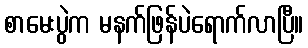
စာမေးပွဲက မနက်ဖြန်ပဲရောက်လာပြီ။